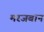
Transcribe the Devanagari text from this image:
मरजबान